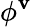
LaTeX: \phi^{\mathbf{v}}